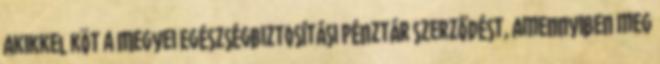
akikkel köt a Megyei Egészségbiztosítási Pénztár szerződést, amennyiben meg